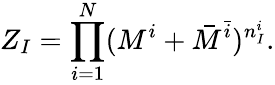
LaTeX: Z_{I}=\prod_{i=1}^{N}(M^{i}+\bar{M}^{\bar{i}})^{n_{I}^{i}}.